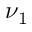
\nu _ { 1 }